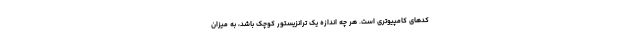
کدهای کامپیوتری است. هر چه اندازه یک ترانزیستور کوچک باشد، به میزان